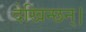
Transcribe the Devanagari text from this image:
देखिन्छन्।